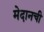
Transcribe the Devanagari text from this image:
मेदानची